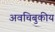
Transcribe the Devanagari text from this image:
अवचिबुकीय